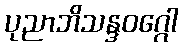
ပုညာဘိသန္ဒဝဂ္ဂေါ